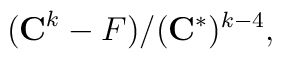
({\bf C}^k-F)/({\bf C}^*)^{k-4},